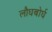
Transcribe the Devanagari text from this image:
लौघबोर्घ